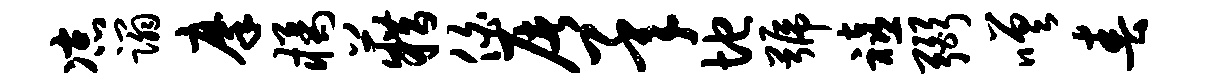
凉蹋摩橘籍伯屠承地号禧弼嗟春